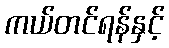
ကယ်တင်ရန်နှင့်